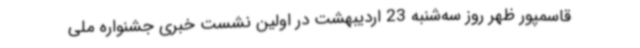
قاسمپور ظهر روز سه‌شنبه 23 اردیبهشت در اولین نشست خبری جشنواره ملی